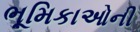
ભૂમિકાઓની